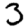
Digit: 3